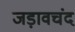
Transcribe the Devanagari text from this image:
जड़ावचंद